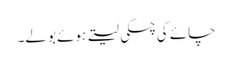
چائے کی چسکی لیتے ہوئے بولے۔